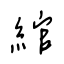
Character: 綰